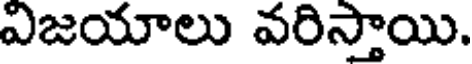
విజయాలు వరిస్తాయి.